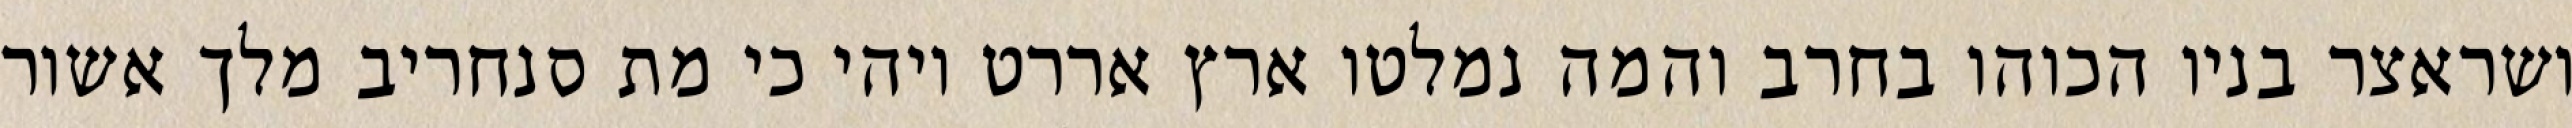
ושראצר בניו הכוהו בחרב והמה נמלטו ארץ אררט ויהי כי מת סנחריב מלך אשור